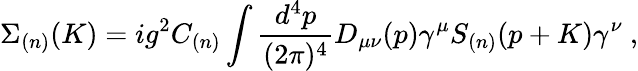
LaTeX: \Sigma_{(n)}(K)=ig^{2}C_{(n)}\int{\frac{d^{4}p}{(2\pi)^{4}}}D_{\mu\nu}(p)\gamma^{\mu}S_{(n)}(p+K)\gamma^{\nu}\ ,